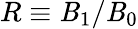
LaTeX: R\equiv\mathit{B}_{1}/\mathit{B}_{0}